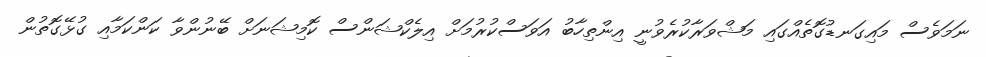
ނަމަވެސް މައިގަނޑުގޮތެއްގައި މަޝްވަރާކުރެވުނީ އިންތިހާބު އަވަސްކުރުމަށް އިލެކްޝަންސް ކޮމިޝަނަށް ބޭނުންވާ ކަންކަމާއި ގުޅޭގޮތުން